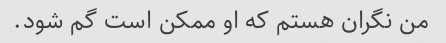
من نگران هستم که او ممکن است گم شود.